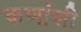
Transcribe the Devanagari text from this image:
कणांशी